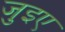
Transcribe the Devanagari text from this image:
जुइए